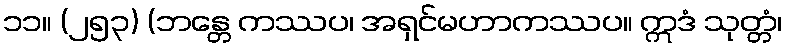
၁၁။ (၂၅၃) (ဘန္တေ ကဿပ၊ အရှင်မဟာကဿပ။ ဣဒံ သုတ္တံ၊